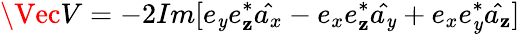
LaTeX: \Vec{V}=-2Im[e_{\mathit{y}}e_{\mathbf{z}}^{*}\hat{{a_{x}}}-e_{x}e_{\mathbf{z}}^{*}\hat{{a_{\mathit{y}}}}+e_{x}e_{\mathit{y}}^{*}\hat{{a_{\mathbf{z}}}}]